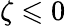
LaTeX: \zeta\leqslant 0